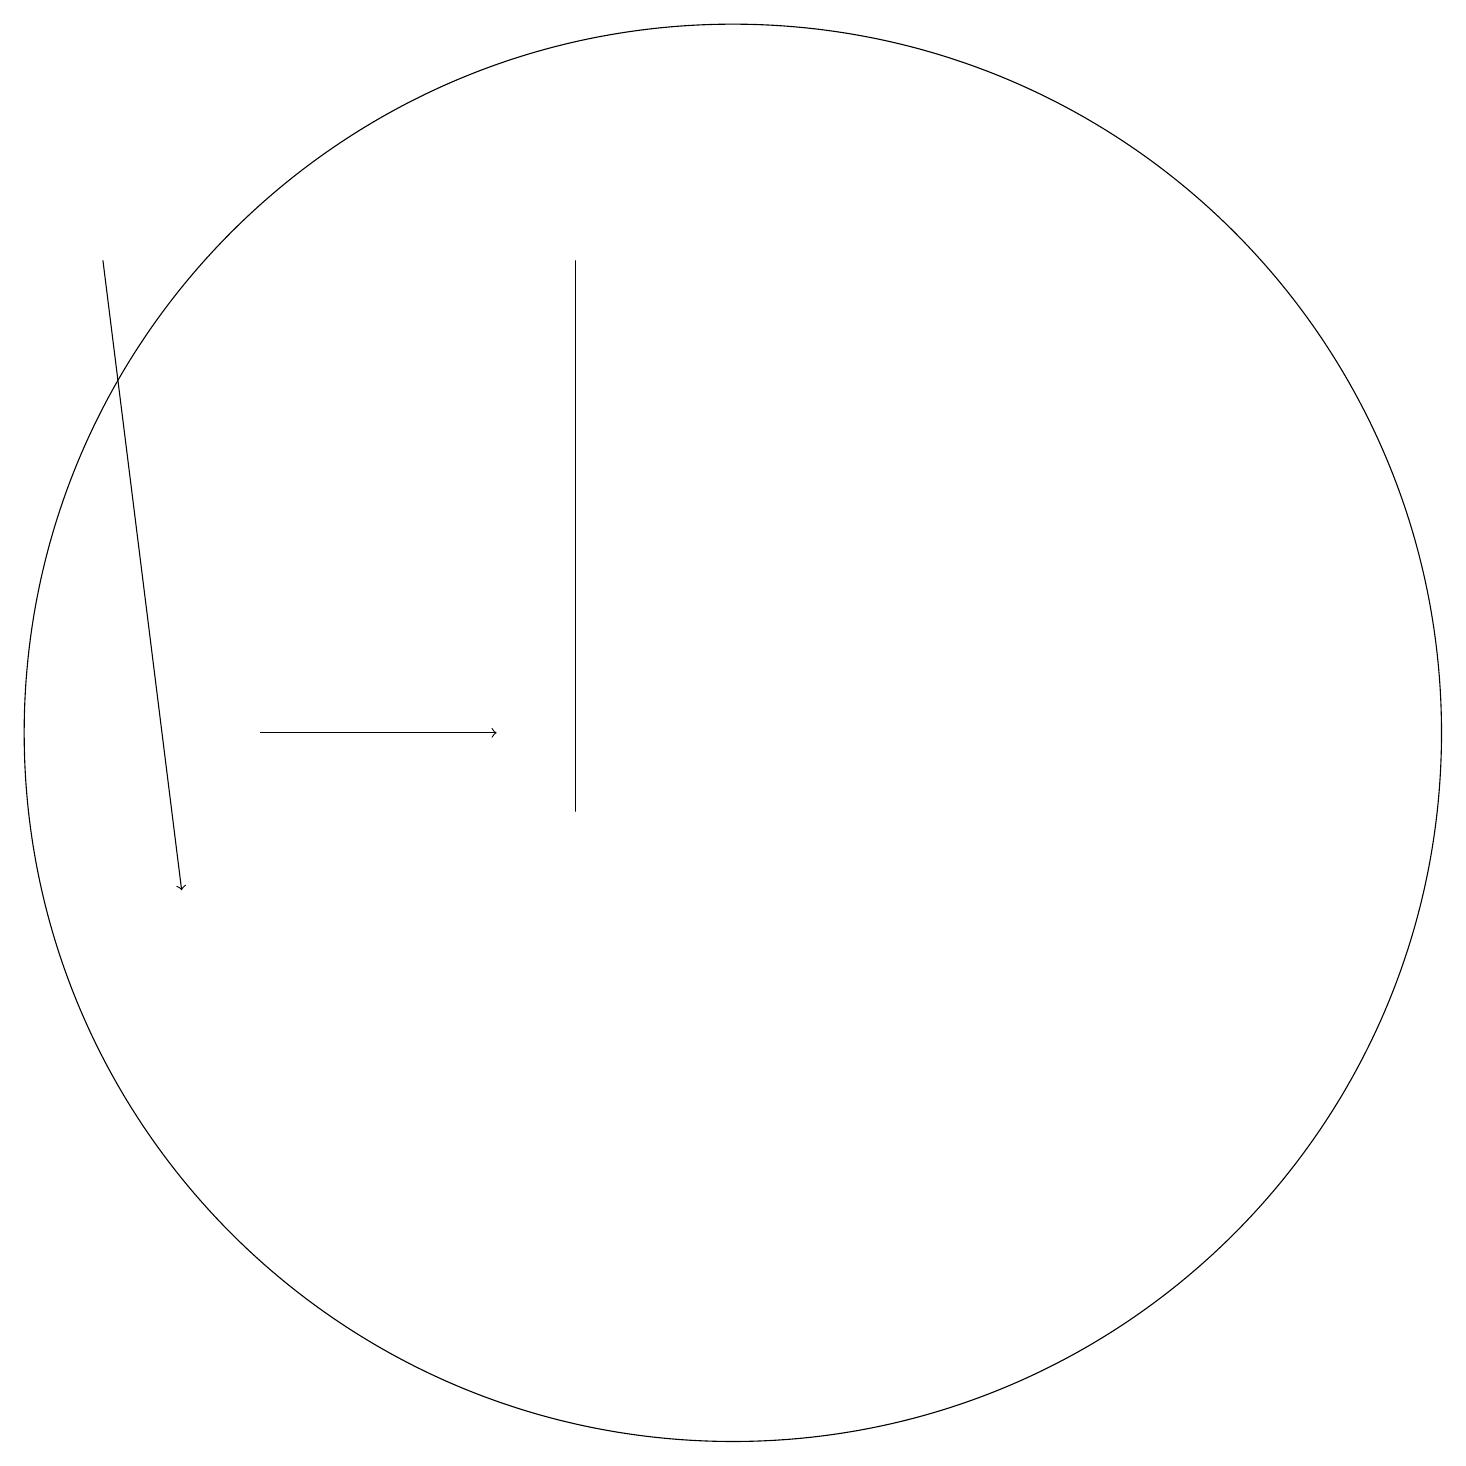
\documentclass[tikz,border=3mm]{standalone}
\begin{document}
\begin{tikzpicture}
\draw[->] (2,18) -- (3,10);
\draw[->] (4,12) -- (7,12);
\draw (8,18) rectangle (8,11);
\draw (10,12) circle (9);
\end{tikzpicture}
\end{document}